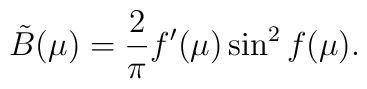
{\tilde B}(\mu) = \frac{2}{\pi} f^\prime(\mu) \sin^2 f(\mu).